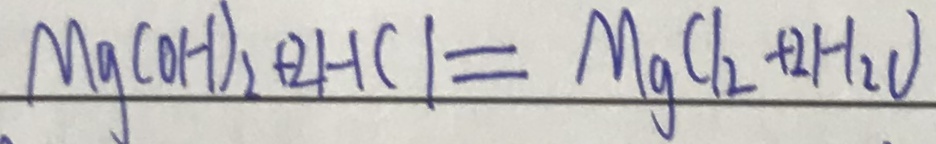
M g ( O H ) _ { 2 } + 2 H C l = M g C l _ { 2 } + 2 H _ { 2 } O